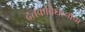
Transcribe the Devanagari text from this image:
दत्तकविधानाचा